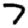
Digit: 7